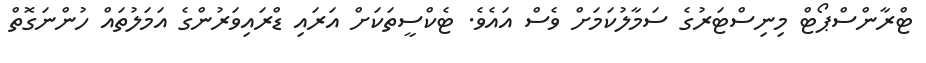
ޓްރާންސްޕޯޓް މިނިސްޓަރުގެ ސަމާލުކަމަށް ވެސް އައެވެ. ޓެކްސީތަކަށް އަރައި ޑްރައިވަރުންގެ އަމަލުތައް ހުންނަގޮތް